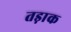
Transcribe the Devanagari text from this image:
तड़ाक